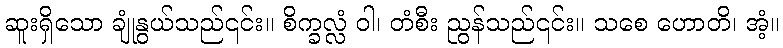
ဆူးရှိသော ချုံနွယ်သည်၎င်း။ စိက္ခလ္လံ ဝါ၊ တံစီး ညွန်သည်၎င်း။ သစေ ဟောတိ၊ အံ့။